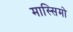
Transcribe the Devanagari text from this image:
मास्‍सिमो